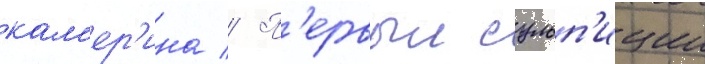
кам'ер'ина // П'ервыи сульп'иции